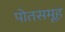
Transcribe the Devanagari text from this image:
पोतसमूह